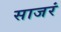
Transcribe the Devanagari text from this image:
साजरं